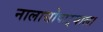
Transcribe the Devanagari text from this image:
नालासोपाऱ्याला